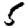
Digit: 5